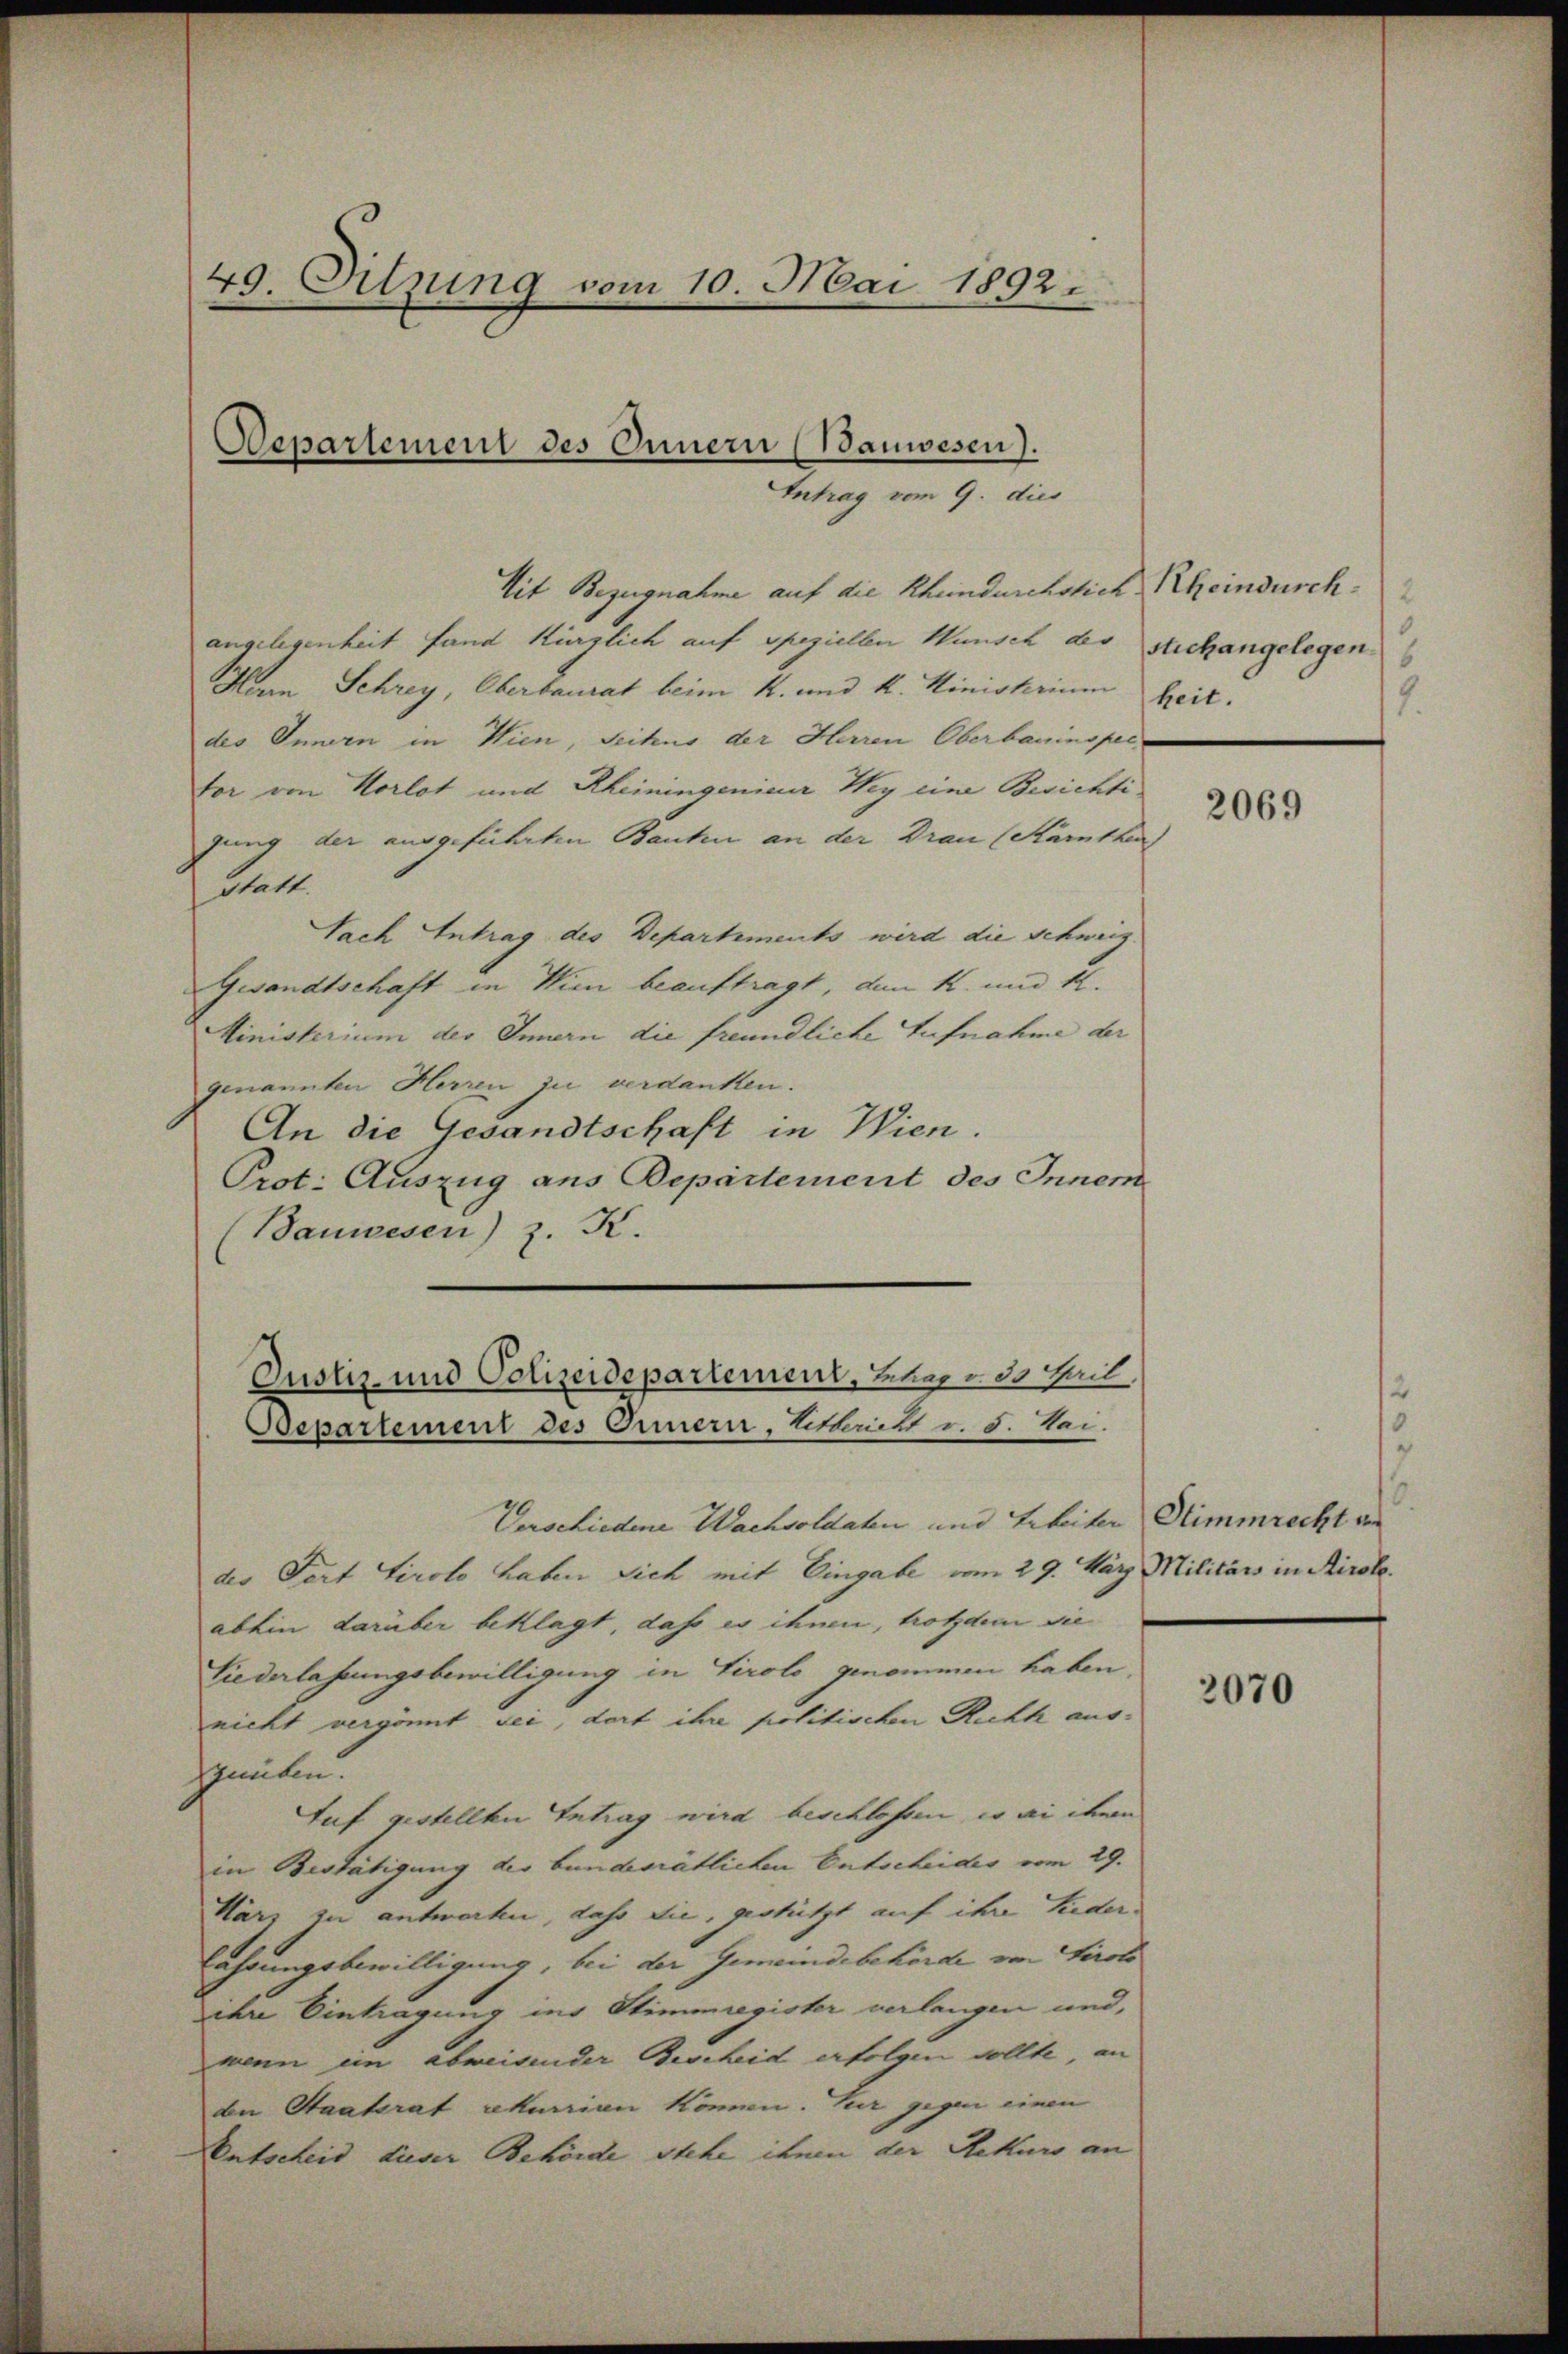
49. Sitzung vom 10. Mai 1892.

Departement des Innern (Bauwesen).
Intrag vom 9. dies

Mit Bezugnahme auf die Rheindurchstich, Rheindurch.
angelegenheit fand kürzlich auf speziellen Wunsch der stichangelegen.
Mann Schrey, Oberbaurat beim K. und k. Ministrium
des Innern in Wien, Seihus der Herren Oberbauinspec
for von Horlot und Rheiningenier Weg eine Berichti
gung der ausgeführten Bauten an der Drau (Kärnther
statt.
Sach Antrag des Departements wird die Schweiz.
Gesandtschaft in Wie beauftragt, den k. und K.
Ministerium der Innern die freundliche Aufnahme der
genannten Herren zu verdanken.
An die Gesandtschaft in Wien.
Prot. Auszug aus Departement des Innem
(Bauwesen) z. K.

Justiz- und Polizeidepartement, Beher u. de teil,

Bepartement des Orneri, Zittericht v. 5. Mai.
Verschiedene Wachsoldaten und Erbeiter Stimmrecht von
der Part tirolo haben sich mit Eingabe vom 29. März Militärs in Airole.
abhin darüber beklagt, daß es ihnen, trotzdem sie
Niederlassungsbewilligung in Tirolo genommen haben,
nicht vergönnt sei, dort ihre politischen Richt ausguüben.
Auf gestellten Intrag wird beschlossen, wo ai chem
in Bestätigung des bundesrätlichen Entscheides vom 29.
Harz zu antworten, dass die, gestützt auf ihre Liederlahrungsbewilligung, bei der Gemeindebehörde von Tirolo
ihre Eintragung ins Stimmregister verlangen und,
wenn ein abweisender Bescheid erfolgen sollte, an
de Staatsrat ekurrien können. Zur gegen einen
Entscheid dieser Behörde stehe ihnen der Rekuro an

heit.
2.

2069

2070